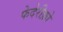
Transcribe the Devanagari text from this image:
फेदेरीक़ो